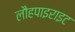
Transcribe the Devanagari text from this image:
लौहपाइराइट